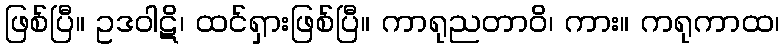
ဖြစ်ပြီ။ ဥဒဝါဋိ၊ ထင်ရှားဖြစ်ပြီ။ ကာရုညတာဝိ၊ ကား။ ကရုကာထ၊